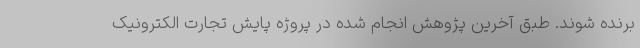
برنده شوند. طبق آخرین پژوهش انجام شده در پروژه پایش تجارت الکترونیک